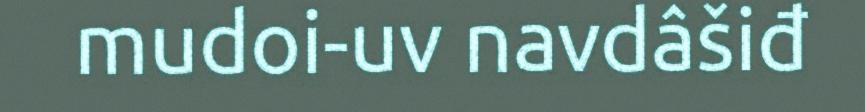
mudoi-uv navdâšiđ